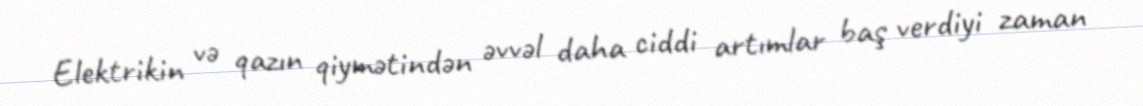
Elektrikin və qazın qiymətindən əvvəl daha ciddi artımlar baş verdiyi zaman